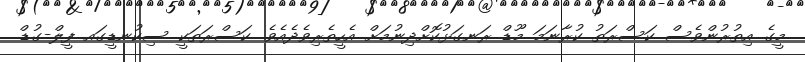
މީގެ އިތުރުންވެސް ކަސްރަތު ކުރާނަމަ މޫޑް ރަނގަޅުކޮށްދިނުމަށް އެހީތެރިވެދެއެވެ. ކަސްރަތަކީ ސިކުނޑީގައ ފީލް-ގުޑް